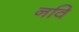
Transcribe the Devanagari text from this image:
नवि